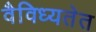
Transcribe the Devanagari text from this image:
वैविध्यतेत